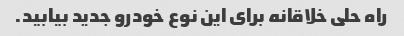
راه حلی خلاقانه برای این نوع خودرو جدید بیابید.